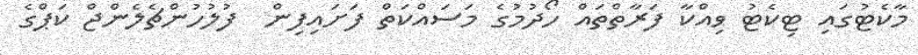
މާކެޓުގައި ޓިކެޓު ވިއްކާ ފަރާތްތައް ހޯދުމުގެ މަސައްކަތް ފަށައިފިން  ފުލުހުންޗެލެންޖް ކަޕްގެ